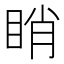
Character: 睄